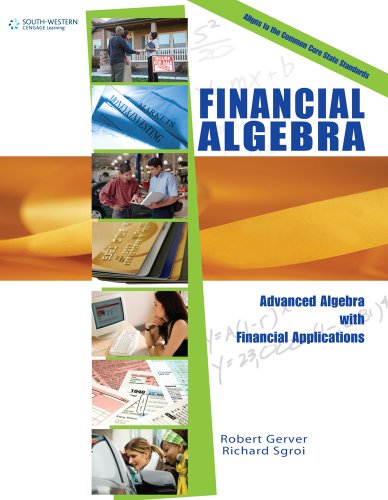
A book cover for Financial Algebra, Student Edition; Robert K. Gerver; Business & Money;